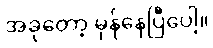
အခုတော့ မှန်နေပြီပေါ့။